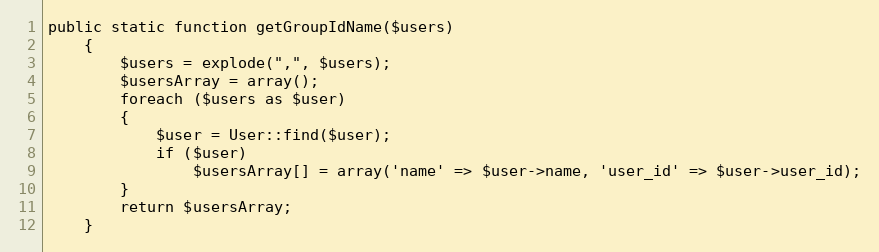
Language: PHP
public static function getGroupIdName($users)
	{
		$users = explode(",", $users);
		$usersArray = array();
		foreach ($users as $user)
		{
			$user = User::find($user);
			if ($user)
				$usersArray[] = array('name' => $user->name, 'user_id' => $user->user_id);
		}
		return $usersArray;
	}